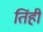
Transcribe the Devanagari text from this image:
तिंही